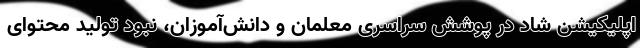
اپلیکیشن شاد در پوشش سراسری معلمان و دانش‌آموزان، نبود تولید محتوای